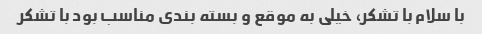
با سلام با تشکر، خیلی به موقع و بسته بندی مناسب بود با تشکر